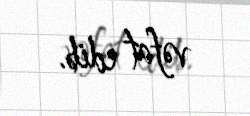
vəfat edib.